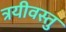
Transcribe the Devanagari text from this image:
त्रयीवस्तु